Vital statistics of India. Vol. IV, Annual returns from 1871 to 1876. British Army of India, Native Army and jails of Bengal
Year: 1871
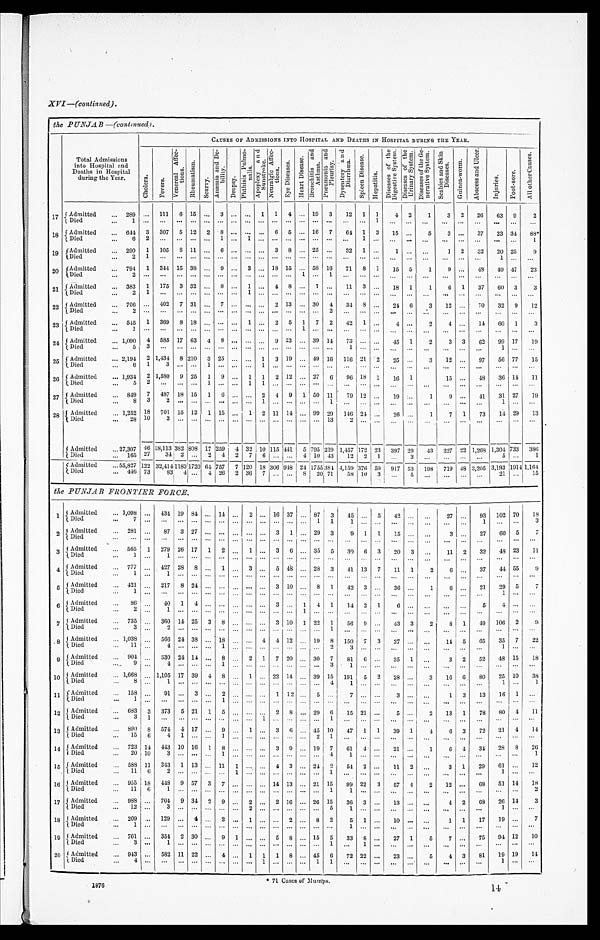
XVI—(continued).
the PUNJAB —(continued).
Total Admissions
into Hospital and
Deaths in Hospital
during the Year.
CAUSES OF ADMISSIONS INTO HOSPITAL AND DEATHS IN HOSPITAL DURING THE YEAR.
C h o l e r a . F e v e r s .
V e n e r e a l A f f e c -
t i o n s .
R h e u m a t i s m .
S c u r v y . A n æ m i a a n d D e -
b i l i t y .
D r o p s y .
P h t h i s i s P u l m o -
n a l i s .
A p o p l e x y a n d
S u n s t r o k e .
N e u r a l i g i c A f f e c -
t i o n s .
E y e D i s e a s e s . H e a r t D i s e a s e s .
Br a n c h i t i s a n d
Asthma. P n e u m o n i a a n d
P l e u r i s y .
D y s e n t e r y a n d
D i a r r h œ a .
S p l e e n D i s e a s e s .
H e p a t i t i s .
D i s e a s e s o f t h e
D i g e s t i v e S y s t e m . D i s e a s e s o f t h e
U r i n a r y S y s t e m . D i s e a s e s o f t h e G e -
r a t i v e S y s t e m . S e a b i e s a n d S k i n
Di s e a s e s .
G u i n e a - w o r m . A b s c e s s a n d U l c e r .
I n j u r i e s .
F o o t - s o r e .
A l l o t h e r C a u s e s .
1 7 Admitted 289
111 6 15
3
1 1 4
19 3 12 1 1 4 2 1 3 2 26 63 9 2
Died 1
1
18 Admitted 644 3 307 5 12 2 8
6 5
16 7 64 1 3 15
5 3
37 23 34 88*
Died 6 2
1
1
1
1
19 Admitted
290 1 105 8 11
6
3 8
25
3 2 1
1
1 2 332 20 25 9
Died 2 1
1
20 Admitted 794 1 344 15 38
9
3
18 15
58 16 71 8 1 15 5 1 9
48 49 47 23
Died 2
1
1
21 Admitted 383 1 175 3 32
8
1
4 8
7
11 3
18 1 1 6 1 37 60 3 3
D i e d 2
1
1
2 2 Admitted 706
402 7 31
7
2 13
30 4 34 8
24 6 3 12
70 32 9
1 2
D i e d 2
2
2 3 Admitted 545 1 369 8 18
1
2 5 1 7 2 42 1
4
2 4
14
6 0 1 3
D i e d 1
1
24 Admitted 1,090 4 585 17 63 4 8
9 23
39 14 73
45 1 2 3 3 62 99 17 19
Died 5 3
1
1
2 5 Admitted 2,194 2 1,434 8 210 3 25
1 3 19
4 9 16 116 21 2 25
3 12
97 56 77 15
D i e d 6
1
3
1
1
26
A d m i t t e d 1 , 9 3 4 2 1,580 9 25 1 9
1 1 2 12
27 6 96 18 1 16 1
15
48 36 14 11
D i e d 5
2
1
1 1
27 Admitted 849 7 487 18 15 1 6
2 4 9 1 50 11 79 12
19
1 9
41 31 27 1 9
D i e d 8
3
2
1
1
1
2 8 Admitted 1,252 18 701 15 12 1 15
1 2 11 14
99 29 146 24
26
1 7 1 73
1 4 29 13
D i e d 2 8
1 0
3
1 3
2
Admitted 27,307 46 18,113 382
8 0 8 17
259 4 32 1 10 115 441 5 795 219 1,457
1 7 2
2 3 397
29 43 227 22 1,268 1,304 733 386
Died 165 27 34 2
2 4 2
7 6
4 10 43 12 2 1
3
5
1
Admitted 55,827 122
3 2 , 4 1 4 1 1 8 3 1 7 2 0 6 4 757 7 120 18 306 948 24
1755 3 8 4 4,159 376 59 917 53
1987 1 9
48 3,205 3,193 1914 1, 164
Died 446 73 83 4
4 26 2 36 7
8 20 71 58 10 3
5
21
15
the PUNJAB FRONTIER FORCE.
1 Admitted 1,098
434 19 84
14
2
16 37
87 3 45
5 42
27
93 102 70 18
D i e d 7
1 1
1
1
3
2 Admitted 281
87 3 27
3 1
29 3 9 1 1 15
3
27
6 0 5 7
Died
3 Admitted 565 1 279 26 17 1 2
1
3 6
35 5 39 6 3 20 3
11 2 32 48 23 11
D i e d 1
1
4 Admitted 777
427 28 8
1
3
5 48
28 3 41 13 7 11 1 2 6
37 44 55 9
Died 1
1
5 Admitted 421
217 8 24
3 10
8 1 42 3
36
1 6
21 29 5 7
D i e d 1
1
6 Admitted 80
40 1 4
3
1 4 1 14 2 1 6
5 4
D i e d 2
1
1
7 Admitted 735 ,.. 360 14 25 3 8
3 10 1 22 1 56 9
43 3 2 8 1 49 106 2
9
D i e d 3
2
1
8 Admitted 1,038
566 24 38
18
4 4 12
19 8 150 7 3 37
14 5 65 35 7 22
D i e d 1 1
4
1
2 3
1
9 Admitted 904
530 24 14
8
2 1 7 20
30 7 81 6
35 1
3 2 52 48 15 1
D i e d 9
4
1
3 1
10 Admitted 1,668
1,105 17 39 4 8
1
22 14
39 15 191 5 2 28
3 16 6 80 25 10 38
Died 8
1
4
1
1
1
11 Admitted 158
91
3
2
1 12
5
7
3
1 3 13 16 1
D i e d 1
1
12 Admitted 683 3 373 5 21 1 5
2 8
29 6 15 21
5
2 13 1 78 80 4 11
D i e d 3
1
1
1
1 3 Admitted 890 8 574 4 17
9
1
3 6
45 10 47 1 1 39 1 4 6 3 72 21 4 1 4
Died 15
6
4 1
1
2 1
14 Admitted 723 14 443 10 16 1 8
3 9
19 7 61 4
21
1
6 4 34 28 8 2 6
D i e d 2 0
1 0
3
1
4
1
1
1 5 Admitted 588 11 343 1 13
11 1
4 3
24 2 54 2
11 2
3 1 29 61
1 2
Died 11 6 2
1
1
1
1 6 Admitted 955 18 448 9 57 3 7
14 13
21 15 99 22 3 57 4 2 12
6 8 51 14 18
Died 11 6
1
1
1
2
1 7 Admitted 988
704 9 34 2 9
2
2 16
26 15 36 3
13
4 2
2 6 26 14 3
Died 12
3
2
5
1
1
1 8 Admitted 209
129
4
2
1
2
8 2 5 1
10
1 1 17 19
7
D i e d 1
1
19 Admitted 701
354 2 30
9 1
5 8
15 5 33 8
27 1 5 7
75 94 12 10
D i e d 3
1
1
1
20 Admitted 943
582 11 22
4
1 1 1 8
45 6 72 22
23
5 4 3 81 19 19 14
D i e d 4
1
1
1
1
1876
71 Cases of Mumps.